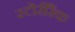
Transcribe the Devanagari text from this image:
स्टोरीरैंक